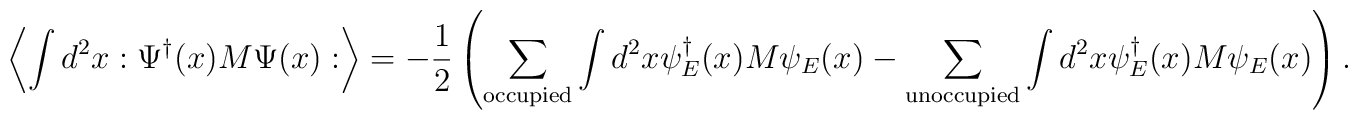
\left\langle \int d^2x:\Psi^{\dagger}(x)M\Psi(x):\right\rangle=-\frac{1}{2}\left( \sum_{\rm occupied}\int d^2x\psi_E^{\dagger}(x)M\psi_E(x)-\sum_{\rm unoccupied}\int d^2x \psi_E^{\dagger}(x)M\psi_E(x)\right).